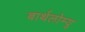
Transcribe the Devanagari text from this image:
बार्थलोम्यू